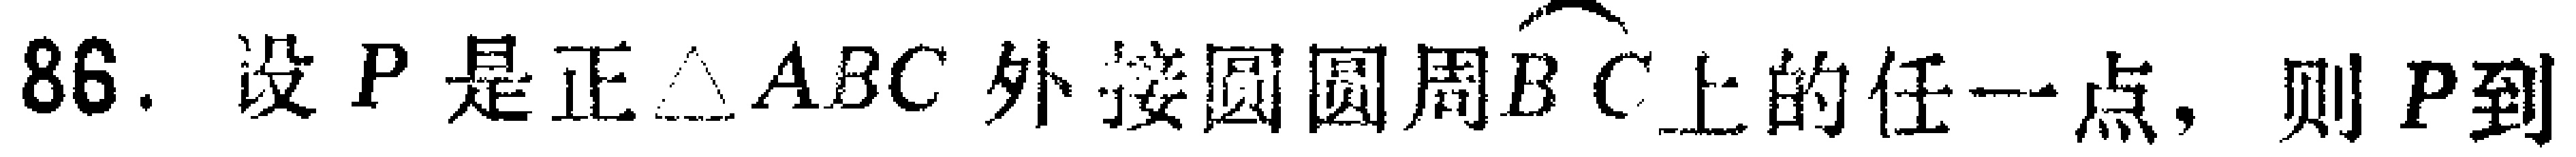
86. 设 \(P\) 是正 \(\triangle ABC\) 外接圆圆周\(\overset{\frown}{BC}\) 上的任一点，则 \(P\) 到